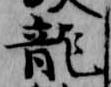
龍